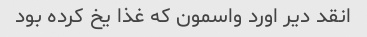
انقد دیر اورد واسمون که غذا یخ کرده بود